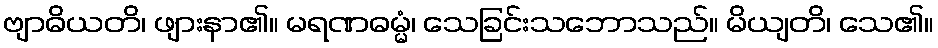
ဗျာဓိယတိ၊ ဖျားနာ၏။ မရဏဓမ္မံ၊ သေခြင်းသဘောသည်။ မိယျတိ၊ သေ၏။